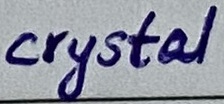
Text: crystal